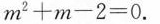
m^{2} + m - 2 = 0$$.